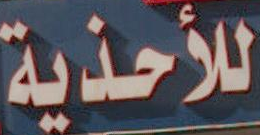
للأحذية